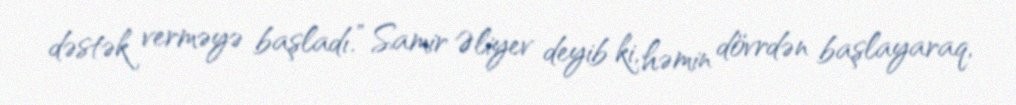
dəstək verməyə başladı.” Samir Əliyev deyib ki, həmin dövrdən başlayaraq,